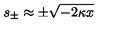
s _ { \pm } \approx \pm \sqrt { - 2 \kappa x }